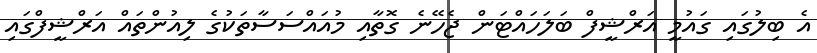
އެ ބިލުގައި ގައުމީ އަރްޝީފް ބަލަހައްޓަން ޖެހޭނެ ގޮތާއި މުއައްސަސާތަކުގެ ލިއުންތައް އަރްޝީފްގައި